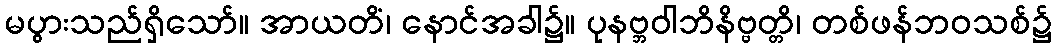
မပွားသည်ရှိသော်။ အာယတိံ၊ နောင်အခါ၌။ ပုနဗ္ဘဝါဘိနိဗ္ဗတ္တိ၊ တစ်ဖန်ဘဝသစ်၌